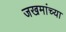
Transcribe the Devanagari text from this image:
जखमांच्या